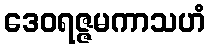
ဒေဝရဇ္ဇမကာသဟံ